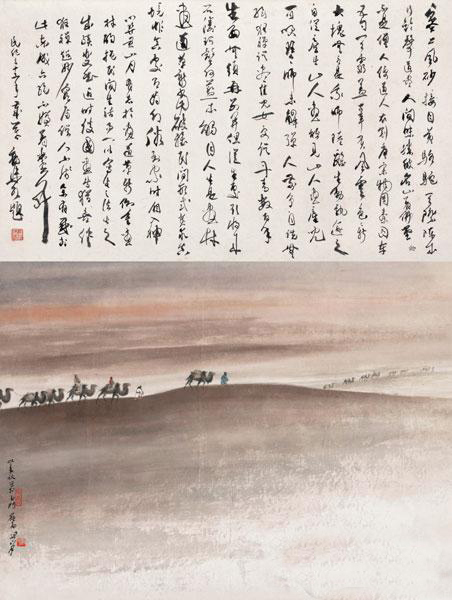
江头未是风波恶，别有人间行路难！